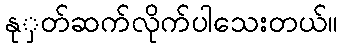
နုှတ်ဆက်လိုက်ပါသေးတယ်။